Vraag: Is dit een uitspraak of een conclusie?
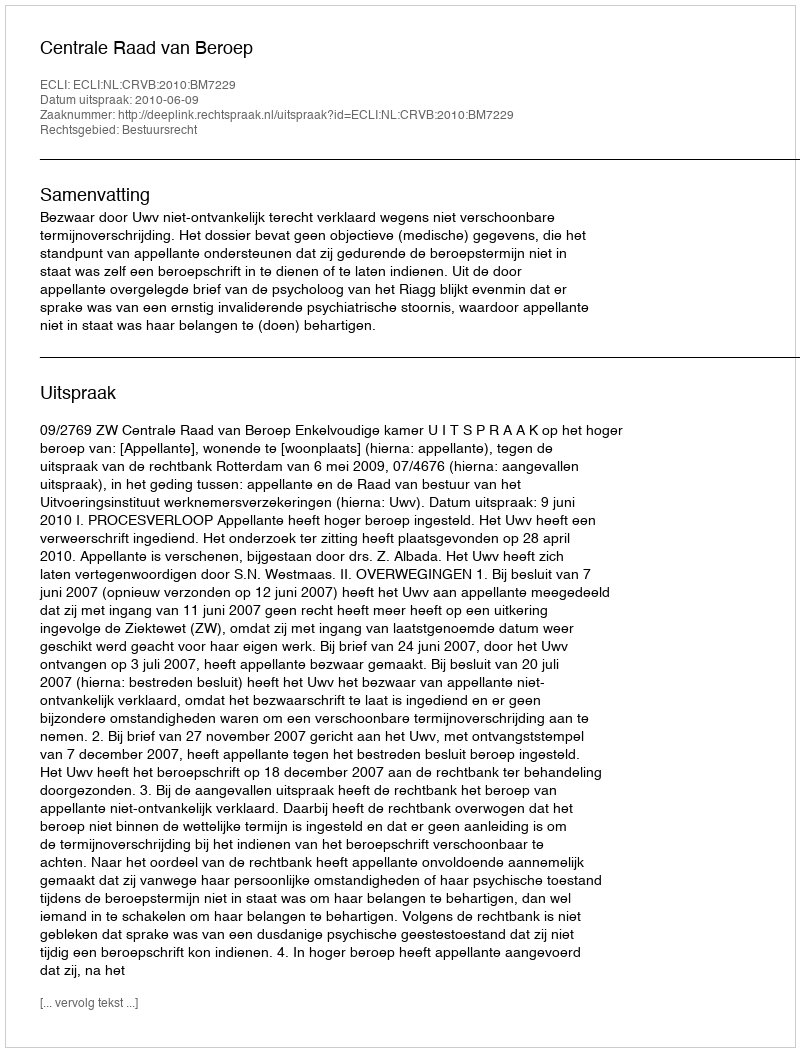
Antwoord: Uitspraak